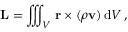
\mathbf { L } = \iiint _ { V } \, \mathbf { r } \times ( \rho \mathbf { v } ) \, \mathrm { { d } } V \, ,